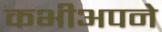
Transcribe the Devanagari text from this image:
कभीअपने